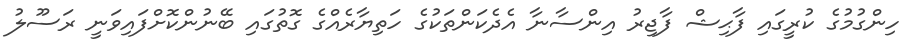
ހިންގުމުގެ ކުރީގައި ފާޙިޝް ފާޖިރު އިންސާނާ އެދެކަންތަކުގެ ހަތިޔާރެއްގެ ގޮތުގައި ބޭނުންކޮށްފައިވަނީ ރަސޫލު